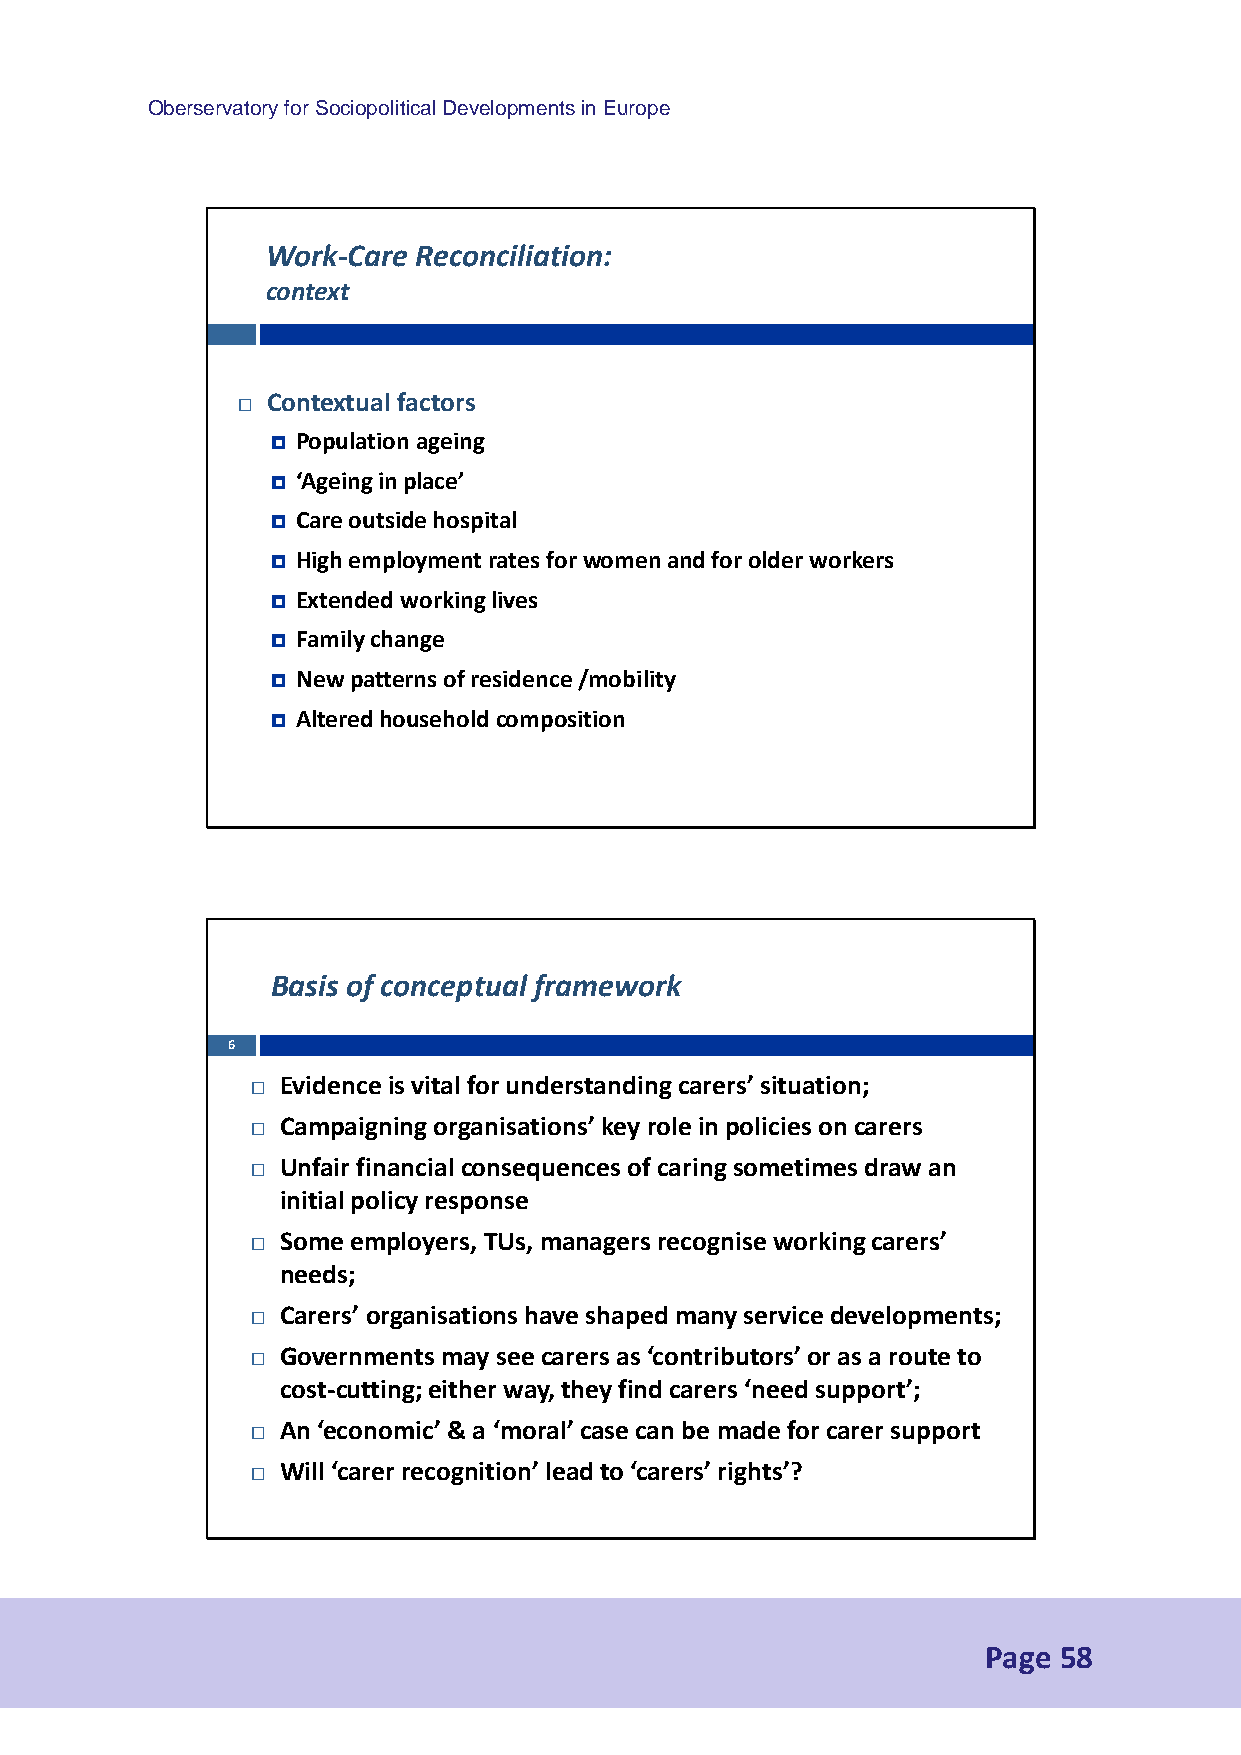
Oberservatory for Sociopolitical Developments in Europe
 Work-Care Reconciliation:
 context
 Contextual factors
 
  Population ageing
  ‘Ageing in place’
  Care outside hospital
  High employment rates for women and for older workers
  Extended working lives
  Family change
  New patterns of residence /mobility
  Altered household composition
 Basis of conceptual framework
 6
 Evidence is vital for understanding carers’ situation;
 
 Campaigning organisations’ key role in policies on carers
 
 Unfair financial consequences of caring sometimes draw an
 
 initial policy response
 Some employers, TUs, managers recognise working carers’
 
 needs;
 Carers’ organisations have shaped many service developments;
 
 Governments may see carers as ‘contributors’ or as a route to
 
 cost-cutting; either way, they find carers ‘need support’;
 An ‘economic’ & a ‘moral’ case can be made for carer support
 
 Will ‘carer recognition’ lead to ‘carers’ rights’?
 
 Page 58